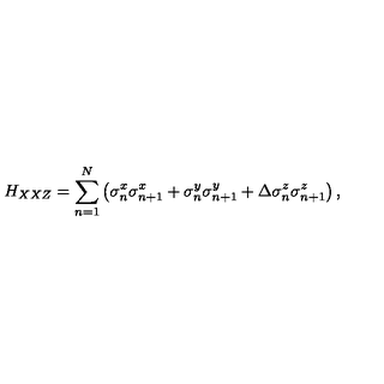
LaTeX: H _ { X X Z } = \sum _ { n = 1 } ^ { N } \left( \sigma _ { n } ^ { x } \sigma _ { n + 1 } ^ { x } + \sigma _ { n } ^ { y } \sigma _ { n + 1 } ^ { y } + \Delta \sigma _ { n } ^ { z } \sigma _ { n + 1 } ^ { z } \right) ,